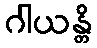
ဂါယန္တိ